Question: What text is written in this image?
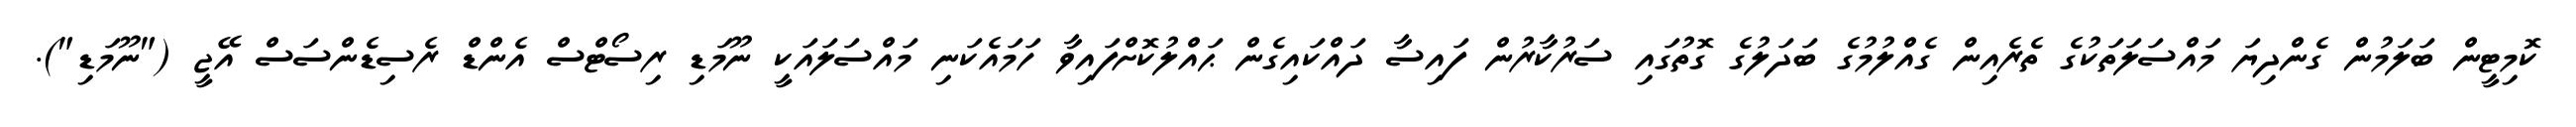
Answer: ކޮމިޓީން ބަލަމުން ގެންދިޔަ މައްސަލަތަކުގެ ތެރެއިން ގެއްލުމުގެ ބަދަލުގެ ގޮތުގައި ސަރުކާރުން ފައިސާ ދައްކައިގެން ޙައްލުކޮށްފައިވާ ހަމައެކަނި މައްސަލައަކީ ނޫމަޑި ރިސޯޓްސް އެންޑް ރެސިޑެންސަސް އޭޖީ ("ނޫމަޑި").